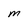
Character: m